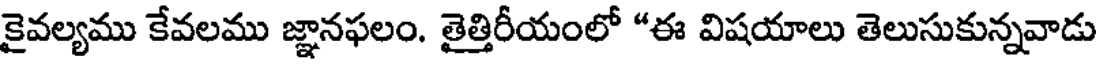
కైవల్యము కేవలము జ్ఞానఫలం. తైత్తిరీయంలో "ఈ విషయాలు తెలుసుకున్నవాడు